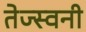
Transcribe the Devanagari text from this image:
तेज्स्वनी